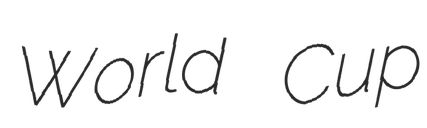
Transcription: World Cup